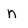
Character: n